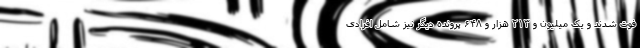
فوت شدند و یک میلیون و ۲۱۳ هزار و ۶۴۸ پرونده دیگر نیز شامل افرادی